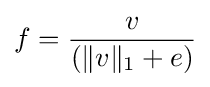
f={v \over (\|v\|_{1}+e)}